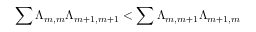
\sum \Lambda _ { m , m } \Lambda _ { m + 1 , m + 1 } < \sum \Lambda _ { m , m + 1 } \Lambda _ { m + 1 , m }